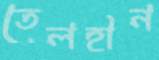
তেলহীন